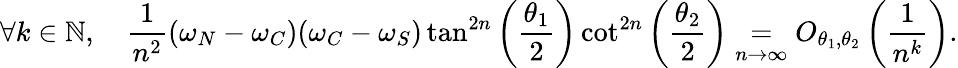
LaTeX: \forall k\in\mathbb{N},\quad\frac{1}{n^{2}}(\omega_{N}-\omega_{C})(\omega_{C}-\omega_{S})\tan^{2n}\left(\frac{\theta_{1}}{2}\right)\cot^{2n}\left(\frac{\theta_{2}}{2}\right)\underset{n\to\infty}{=}O_{\theta_{1},\theta_{2}}\left(\frac{1}{n^{k}}\right).